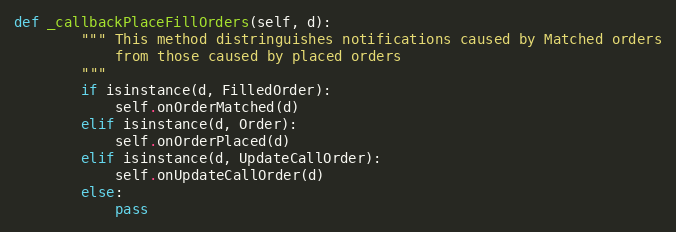
Language: Python
def _callbackPlaceFillOrders(self, d):
        """ This method distringuishes notifications caused by Matched orders
            from those caused by placed orders
        """
        if isinstance(d, FilledOrder):
            self.onOrderMatched(d)
        elif isinstance(d, Order):
            self.onOrderPlaced(d)
        elif isinstance(d, UpdateCallOrder):
            self.onUpdateCallOrder(d)
        else:
            pass